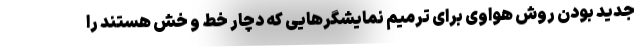
جدید بودن روش هواوی برای ترمیم نمایشگرهایی که دچار خط و خش هستند را